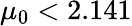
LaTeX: \mu_{0}<2.141